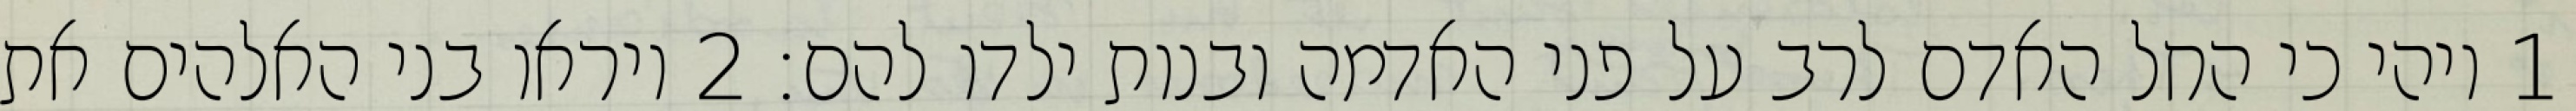
1 ויהי כי החל האדם לרב על פני האדמה ובנות ילדו להם׃ ‎2‏ ויראו בני האלהים את